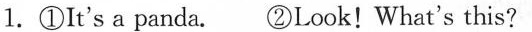
1.①It's a panda. ②Look! What's this?